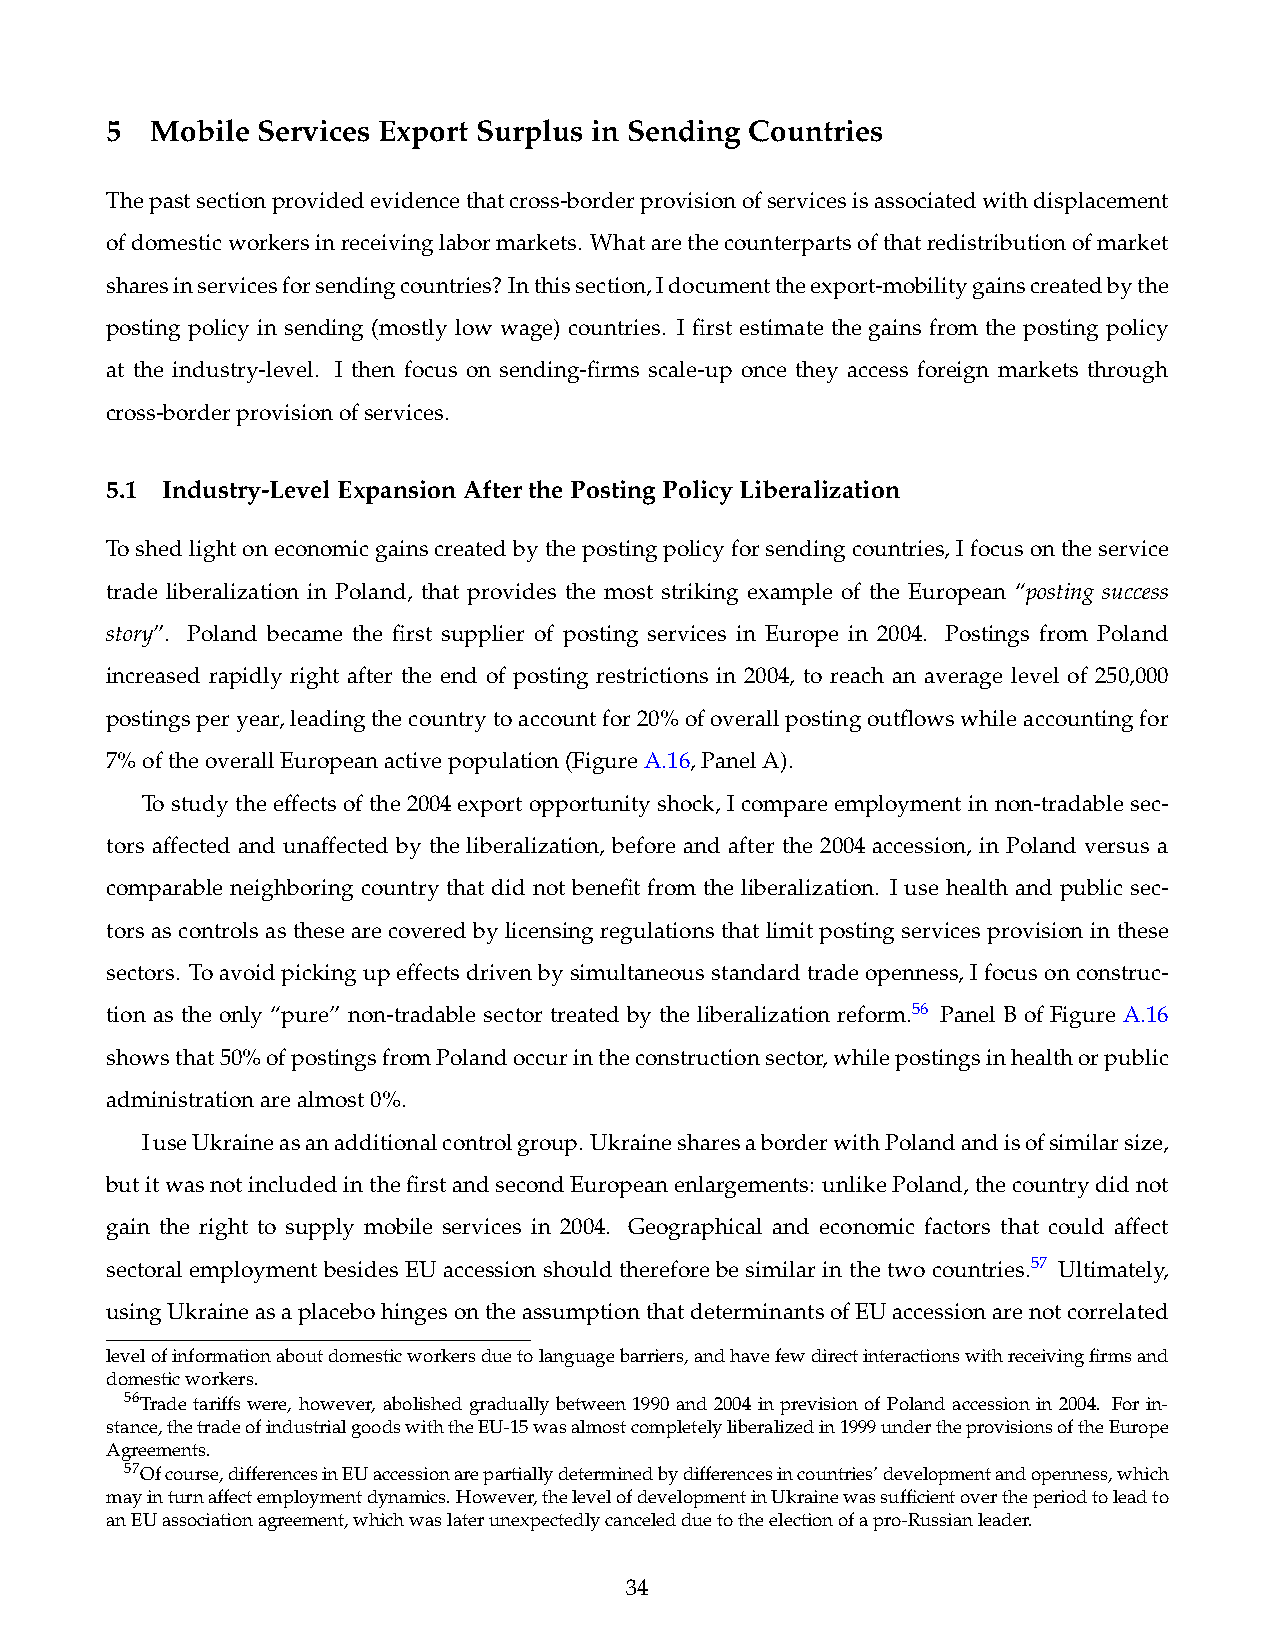
5  Mobile Services Export Surplus in Sending Countries
 Thepastsectionprovidedevidencethatcross-borderprovisionofservicesisassociatedwithdisplacement
 ofdomesticworkersinreceivinglabormarkets. Whatarethecounterpartsofthatredistributionofmarket
 sharesinservicesforsendingcountries? Inthissection,Idocumenttheexport-mobilitygainscreatedbythe
 posting policy in sending (mostly low wage) countries. I first estimate the gains from the posting policy
 at the industry-level. I then focus on sending-firms scale-up once they access foreign markets through
 cross-borderprovisionofservices.
 5.1 Industry-LevelExpansionAfterthePostingPolicyLiberalization
 Toshedlightoneconomicgainscreatedbythepostingpolicyforsendingcountries,Ifocusontheservice
 trade liberalization in Poland, that provides the most striking example of the European “posting success
 story”. Poland became the first supplier of posting services in Europe in 2004. Postings from Poland
 increased rapidly right after the end of posting restrictions in 2004, to reach an average level of 250,000
 postingsperyear,leadingthecountrytoaccountfor20%ofoverallpostingoutflowswhileaccountingfor
 7%oftheoverallEuropeanactivepopulation(FigureA.16,PanelA).
 Tostudytheeffectsofthe2004exportopportunityshock, Icompareemploymentinnon-tradablesec-
 tors affected and unaffected by the liberalization, before and after the 2004 accession, in Poland versus a
 comparable neighboring country that did not benefit from the liberalization. I use health and public sec-
 tors as controls as these are covered by licensing regulations that limit posting services provision in these
 sectors. Toavoidpickingupeffectsdrivenbysimultaneousstandardtradeopenness,Ifocusonconstruc-
 tion as the only “pure” non-tradable sector treated by the liberalization reform.56 Panel B of Figure A.16
 showsthat50%ofpostingsfromPolandoccurintheconstructionsector,whilepostingsinhealthorpublic
 administrationarealmost0%.
 IuseUkraineasanadditionalcontrolgroup. UkrainesharesaborderwithPolandandisofsimilarsize,
 butitwasnotincludedinthefirstandsecondEuropeanenlargements: unlikePoland,thecountrydidnot
 gain the right to supply mobile services in 2004. Geographical and economic factors that could affect
 sectoral employment besides EU accession should therefore be similar in the two countries.57 Ultimately,
 usingUkraineasaplacebohingesontheassumptionthatdeterminantsofEUaccessionarenotcorrelated
 levelofinformationaboutdomesticworkersduetolanguagebarriers,andhavefewdirectinteractionswithreceivingfirmsand
 domesticworkers.
 56Trade tariffs were, however, abolished gradually between 1990 and 2004 in prevision of Poland accession in 2004. For in-
 stance,thetradeofindustrialgoodswiththeEU-15wasalmostcompletelyliberalizedin1999undertheprovisionsoftheEurope
 Agreements.
 57Ofcourse,differencesinEUaccessionarepartiallydeterminedbydifferencesincountries’developmentandopenness,which
 mayinturnaffectemploymentdynamics.However,thelevelofdevelopmentinUkrainewassufficientovertheperiodtoleadto
 anEUassociationagreement,whichwaslaterunexpectedlycanceledduetotheelectionofapro-Russianleader.
 34